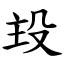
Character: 殶